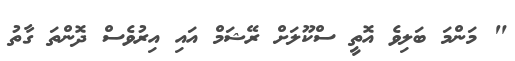
" މަންމަ ބަލިވެ އޮތީ ސްކޫލަށް ރޭޝަމް އައި އިރުވެސް ދޮންތަ ގާތު